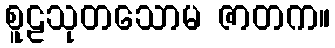
စူဠသုတသောမ ဇာတက။